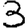
Digit: 3